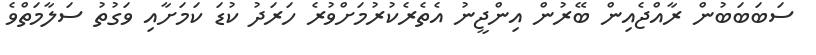
ސަބަބަބުން ރާއްޖެއިން ބޭރުން އިންޖީނު އެތެރެކުރުމަށްވުރެ ހަރަދު ކުޑަ ކަމަށާއި ވަގުތު ސަލާމަތްވެ